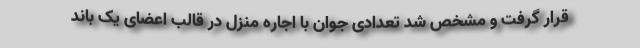
قرار گرفت و مشخص شد تعدادی جوان با اجاره منزل در قالب اعضای یک باند